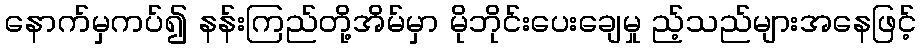
နောက်မှကပ်၍ နန်းကြည်တို့အိမ်မှာ မိုဘိုင်းပေးချေမှု ည့်သည်များအနေဖြင့်